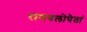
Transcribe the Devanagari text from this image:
रामबलोपेतां